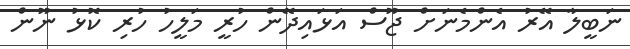
ނަބީލާ އޭރު އެންމެނަށް ޖޫސް އަޅައިދޭން ހުރީ މަލީހު ހުރި ކޮޅު ނޫން